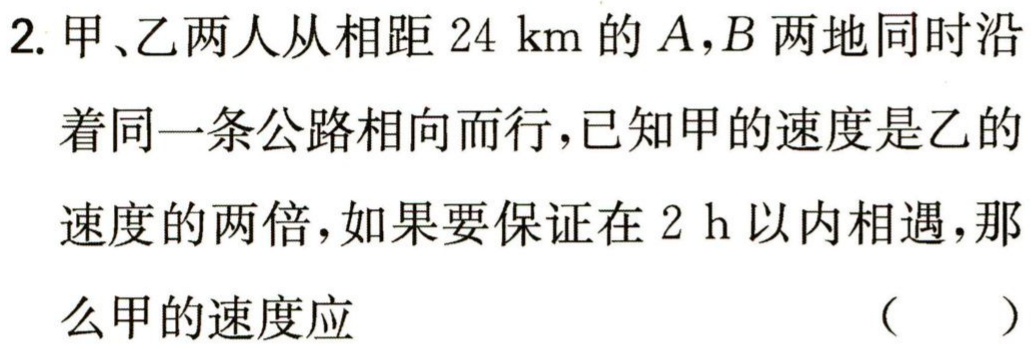
2. 甲、乙两人从相距\(24\ \text{km}\)的\(A,B\)两地同时沿着同一条公路相向而行，已知甲的速度是乙的速度的两倍，如果要保证在\(2\ \text{h}\)以内相遇，那么甲的速度应 （  ）